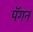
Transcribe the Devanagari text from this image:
पॅगन